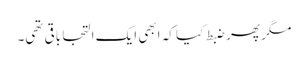
مگر پھر ضبط کیا کہ ابھی ایک التجا باقی تھی۔